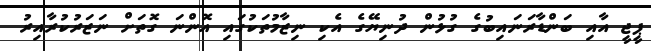
ޕީޖީ އާއި ބަންޑާރަނައިބުގެ ގުޅުން ދުނިޔޭގެ އެކި ނިޒާމުތަކުގައި އޮންނަ ގޮތަށް ނަޒަރުކުރާއިރު